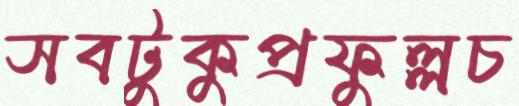
সবটুকুপ্রফুল্লচ